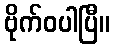
ဗိုက်ဝပါပြီ။